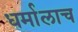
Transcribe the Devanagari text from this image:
धर्मालाच